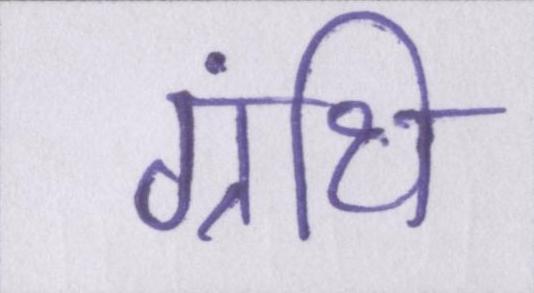
ग्रंथि